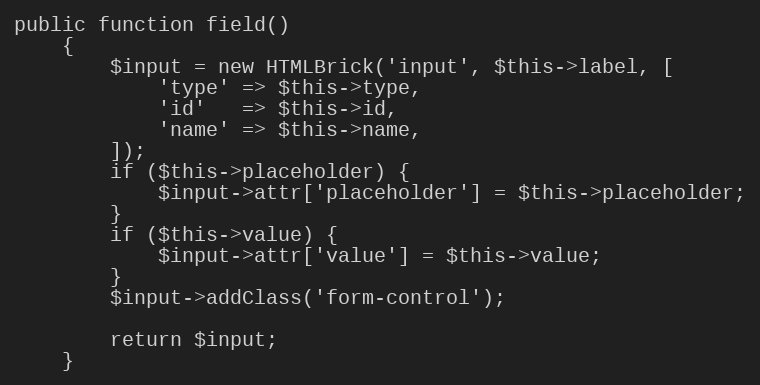
Language: PHP
public function field()
    {
        $input = new HTMLBrick('input', $this->label, [
            'type' => $this->type,
            'id'   => $this->id,
            'name' => $this->name,
        ]);
        if ($this->placeholder) {
            $input->attr['placeholder'] = $this->placeholder;
        }
        if ($this->value) {
            $input->attr['value'] = $this->value;
        }
        $input->addClass('form-control');

        return $input;
    }